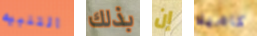
التنبيه بذلك إن كاميلا